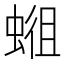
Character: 𱿭